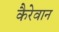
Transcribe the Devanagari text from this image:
कैरेवान